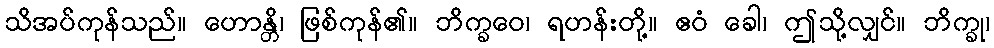
သိအပ်ကုန်သည်။ ဟောန္တိ၊ ဖြစ်ကုန်၏။ ဘိက္ခဝေ၊ ရဟန်းတို့။ ဧဝံ ခေါ၊ ဤသို့လျှင်။ ဘိက္ခု၊